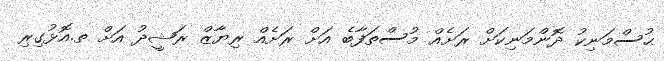
ޙުސްމަނިކު ދޮންމަނިކަށް ރަށެެއް މުސްތަފާބެ އަށް ރަށެއް ރިޔާޒް ރަޝީދު އަށް ތ.އޮޅުގިރި